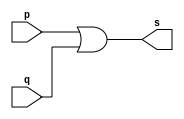
// -------------------------
// Exemplo0004 - OR
// Nome: Pedro Henrique Lima Pinheiro
// -------------------------
// -------------------------
// -- or gate
// -------------------------
module orgate ( output s,
input p, q);
assign s = p | q;
endmodule // orgate
// ---------------------
// -- test or gate
// ---------------------
module testorgate;
// ------------------------- dados locais
reg a, b; // definir registradores
wire s; // definir conexao (fio)
// ------------------------- instancia
orgate OR1 (s, a, b);
// ------------------------- preparacao
initial begin:start
// atribuicao simultanea
// dos valores iniciais
a=0; b=0;
end
// ------------------------- parte principal
initial begin
$display("Exemplo0004 - Pedro Henrique Lima Pinheiro - 451605");
$display("Test OR gate");
$display("\na & b = s\n");
a=0; b=0;
#1 $display("%b & %b = %b", a, b, s);
a=0; b=1;
#1 $display("%b & %b = %b", a, b, s);
a=1; b=0;
#1 $display("%b & %b = %b", a, b, s);
a=1; b=1;
#1 $display("%b & %b = %b", a, b, s);
end
endmodule // testorgate